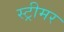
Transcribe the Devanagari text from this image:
स्ट्रीमर